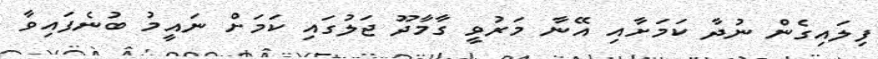
ފިލައިގެން ނުދާ ކަމަށާއި އޭނާ މަރުވީ ގާމާދޫ ޖަލުގައި ކަމަށް ނައީމު ބުނެފައިވާ